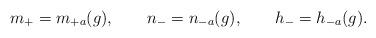
LaTeX: \begin{align*}m_+ = m_{+a}(g), \qquad n_- = n_{-a}(g), \qquad h_- = h_{-a}(g).\end{align*}